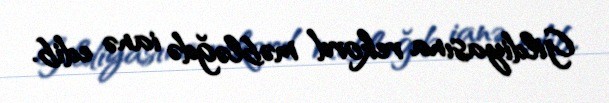
Gildiyasına rekord məbləğdə ianə edib.